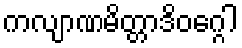
ကလျာဏမိတ္တာဒိဝဂ္ဂေါ